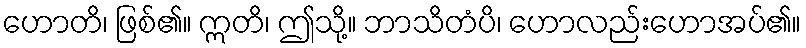
ဟောတိ၊ ဖြစ်၏။ ဣတိ၊ ဤသို့။ ဘာသိတံပိ၊ ဟောလည်းဟောအပ်၏။